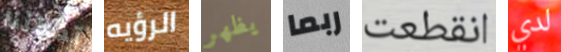
تمكننا الرؤيه يظهر ربما انقطعت لدي